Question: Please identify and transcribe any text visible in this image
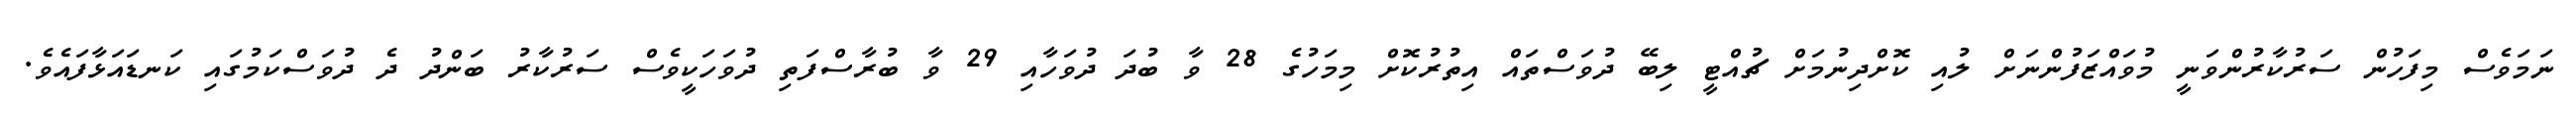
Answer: ނަމަވެސް މިފަހުން ސަރުކާރުންވަނީ މުވައްޒަފުންނަށް ލުއި ކޮށްދިނުމަށް ޗުއްޓީ ލިބޭ ދުވަސްތައް އިތުރުކޮށް މިމަހުގެ 28 ވާ ބުދަ ދުވަހާއި 29 ވާ ބުރާސްފަތި ދުވަހަކީވެސް ސަރުކާރު ބަންދު ދެ ދުވަސްކަމުގައި ކަނޑައަޅާފައެވެ.